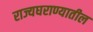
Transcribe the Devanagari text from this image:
राज्यघराण्यातील